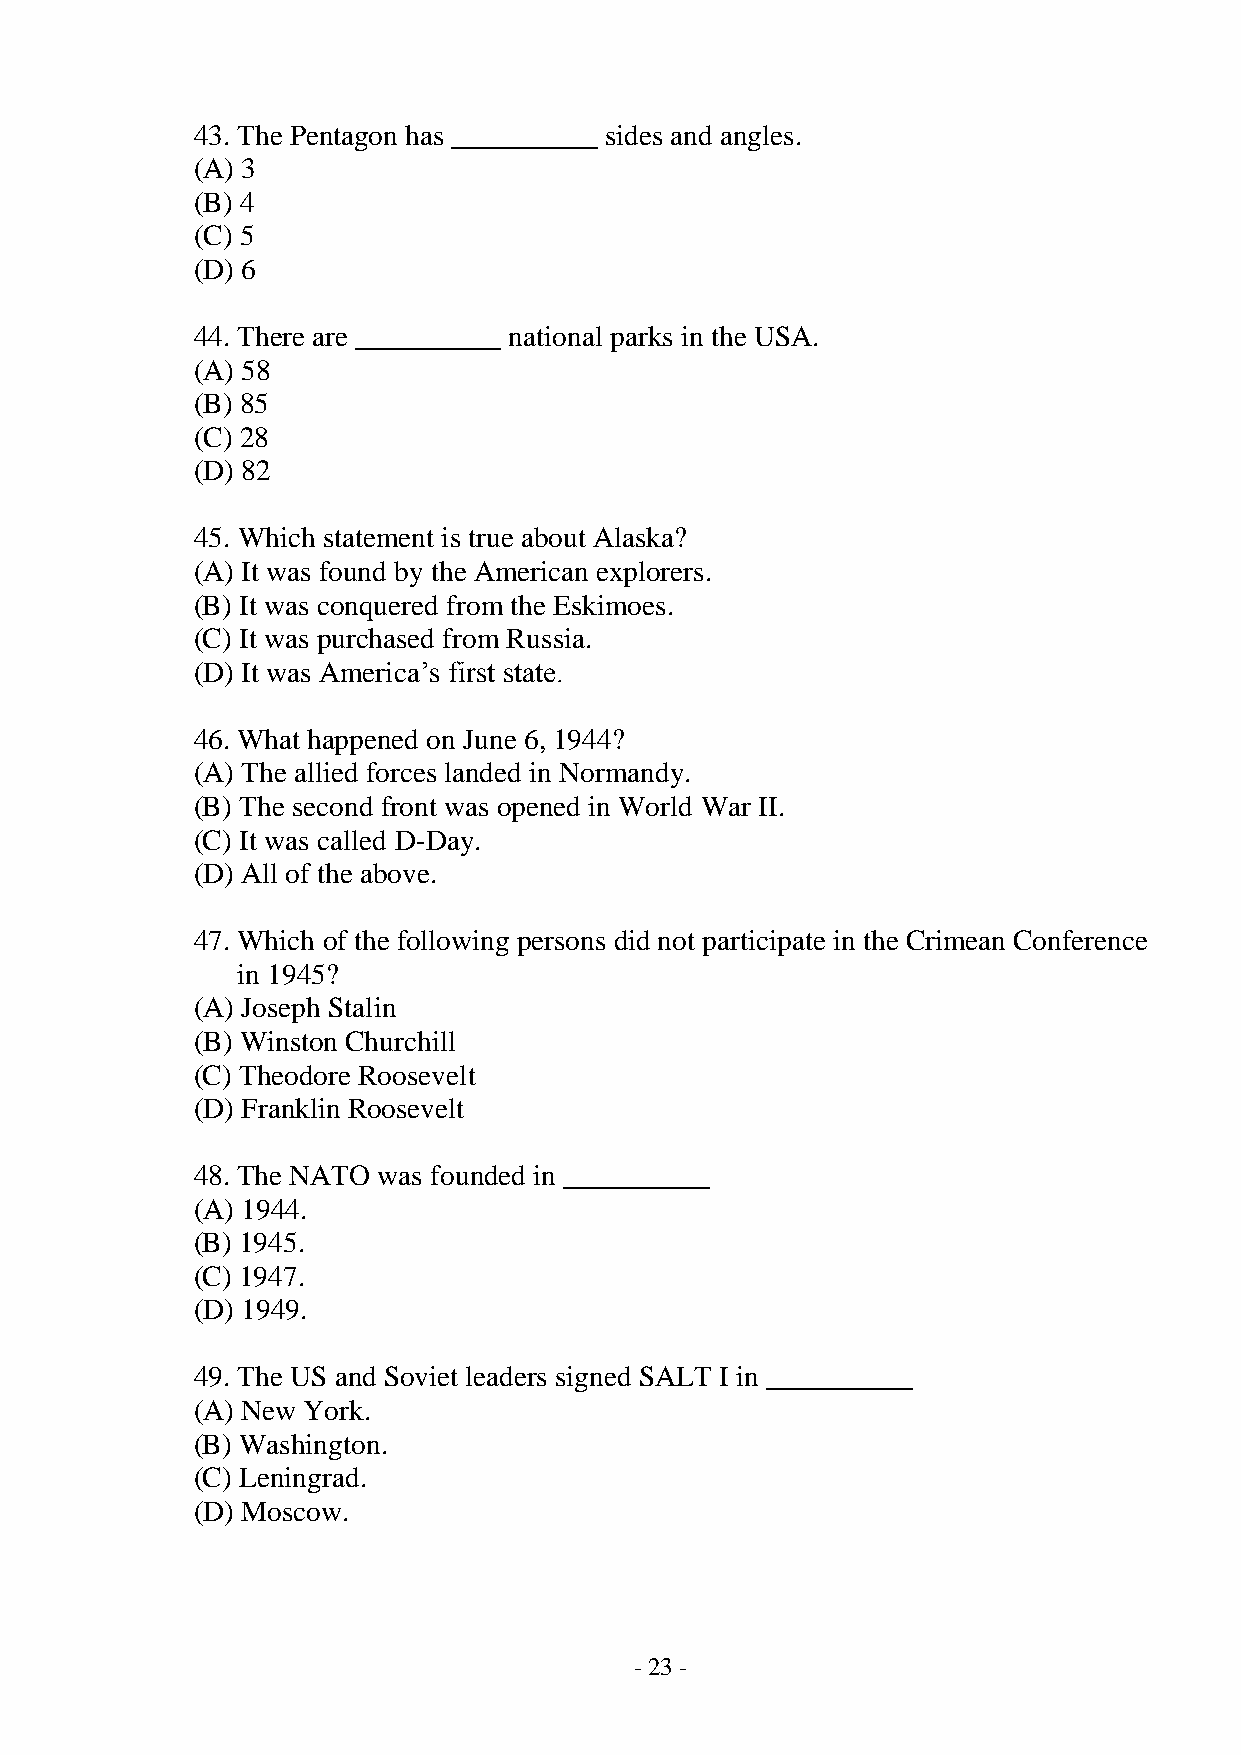
43. The Pentagon has __________ sides and angles.
 (A) 3
 (B) 4
 (C) 5
 (D) 6
 44. There are __________ national parks in the USA.
 (A) 58
 (B) 85
 (C) 28
 (D) 82
 45. Which statement is true about Alaska?
 (A) It was found by the American explorers.
 (B) It was conquered from the Eskimoes.
 (C) It was purchased from Russia.
 (D) It was America’s first state.
 46. What happened on June 6, 1944?
 (A) The allied forces landed in Normandy.
 (B) The second front was opened in World War II.
 (C) It was called D-Day.
 (D) All of the above.
 47. Which of the following persons did not participate in the Crimean Conference
 in 1945?
 (A) Joseph Stalin
 (B) Winston Churchill
 (C) Theodore Roosevelt
 (D) Franklin Roosevelt
 48. The NATO was founded in __________
 (A) 1944.
 (B) 1945.
 (C) 1947.
 (D) 1949.
 49. The US and Soviet leaders signed SALT I in __________
 (A) New York.
 (B) Washington.
 (C) Leningrad.
 (D) Moscow.
 - 23 -